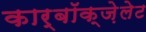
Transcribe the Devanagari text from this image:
कार्बॉक्ज़ेलेट